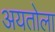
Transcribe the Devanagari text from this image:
अयतोला